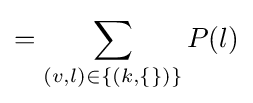
=\sum _{(v,l)\in \{(k,\{\})\}}P(l)